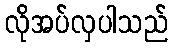
လိုအပ်လှပါသည်